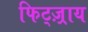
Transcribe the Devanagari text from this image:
फिट्ज़्राय